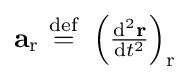
\mathbf {a} _{\mathrm {r} }\ {\stackrel {\mathrm {def} }{=}}\ \left({\tfrac {\mathrm {d} ^{2}\mathbf {r} }{\mathrm {d} t^{2}}}\right)_{\mathrm {r} }